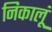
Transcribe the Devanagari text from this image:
निकालूं